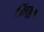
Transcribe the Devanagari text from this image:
७लिंबुकुल